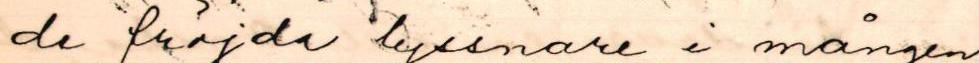
de fröjda lyssnare i mången